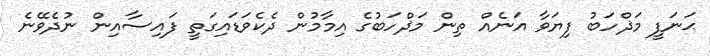
ޙަނަފީ މަޛްހަބު ފިޔަވާ އަނެއް ތިން މަޛްހަބުގެ އިމާމުން ދެކެވަޑައިގަތީ ފައިސާއިން ނުދެވޭނެ